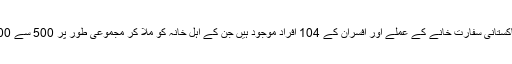
سفارتی ذرائع کے مطابق نئی دہلی میں پاکستانی سفارت خانے کے عملے اور افسران کے 104 افراد موجود ہیں جن کے اہل خانہ کو ملا کر مجموعی طور پر 500 سے 600 پاکستانی باشندے دہلی میں موجود ہیں۔